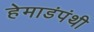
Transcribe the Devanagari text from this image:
हेमाडंपंथी